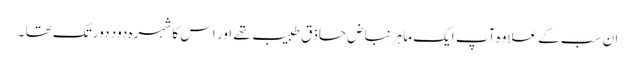
ان سب کے علاوہ آپ ایک ماہر نباض حاذق طبیب تھے اور اس کا شہرہ دود دور تک تھا ۔